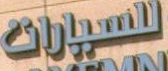
السيارات